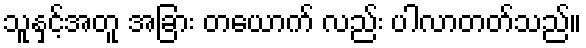
သူနှင့်အတူ အခြား တယောက် လည်း ပါလာတတ်သည်။